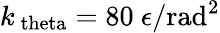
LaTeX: k_{\mathrm{\ theta}}=80~\epsilon/\mathrm{rad}^{2}